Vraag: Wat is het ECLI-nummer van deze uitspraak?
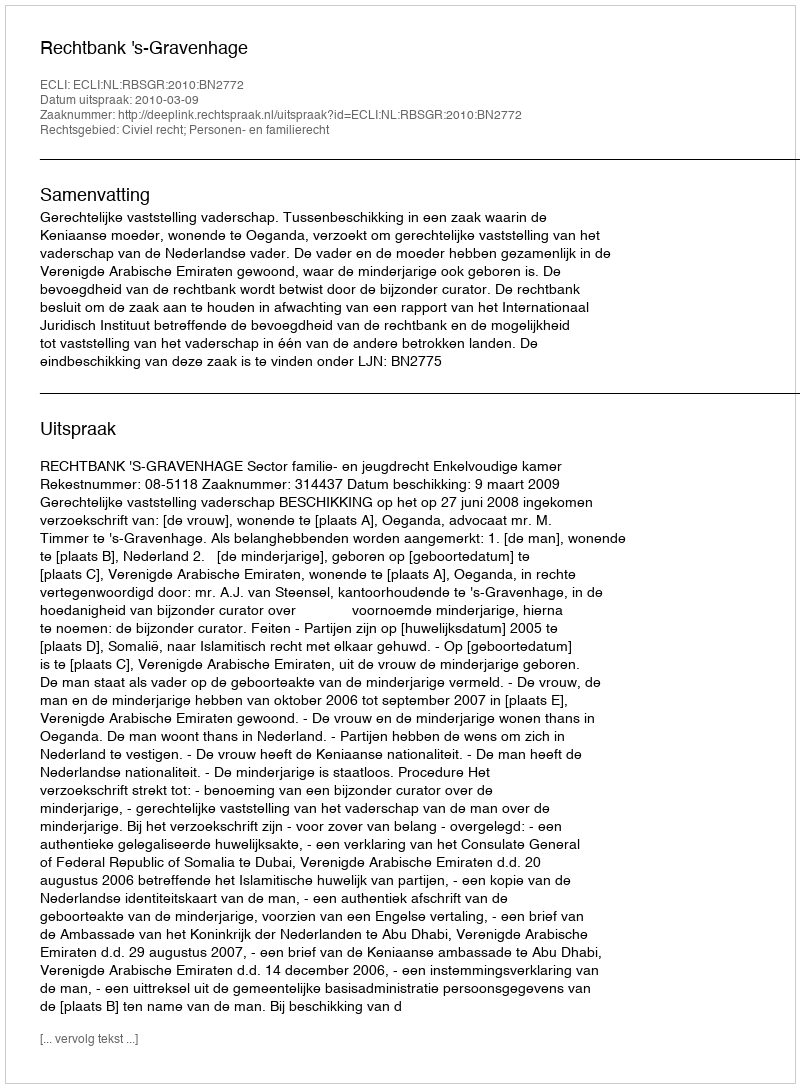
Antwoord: ECLI:NL:RBSGR:2010:BN2772